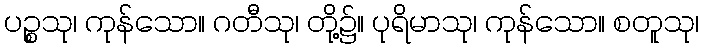
ပဉ္စသု၊ ကုန်သော။ ဂတီသု၊ တို့၌။ ပုရိမာသု၊ ကုန်သော။ စတူသု၊